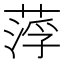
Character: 𦷰